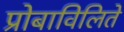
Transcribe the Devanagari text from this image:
प्रोबाविलिते